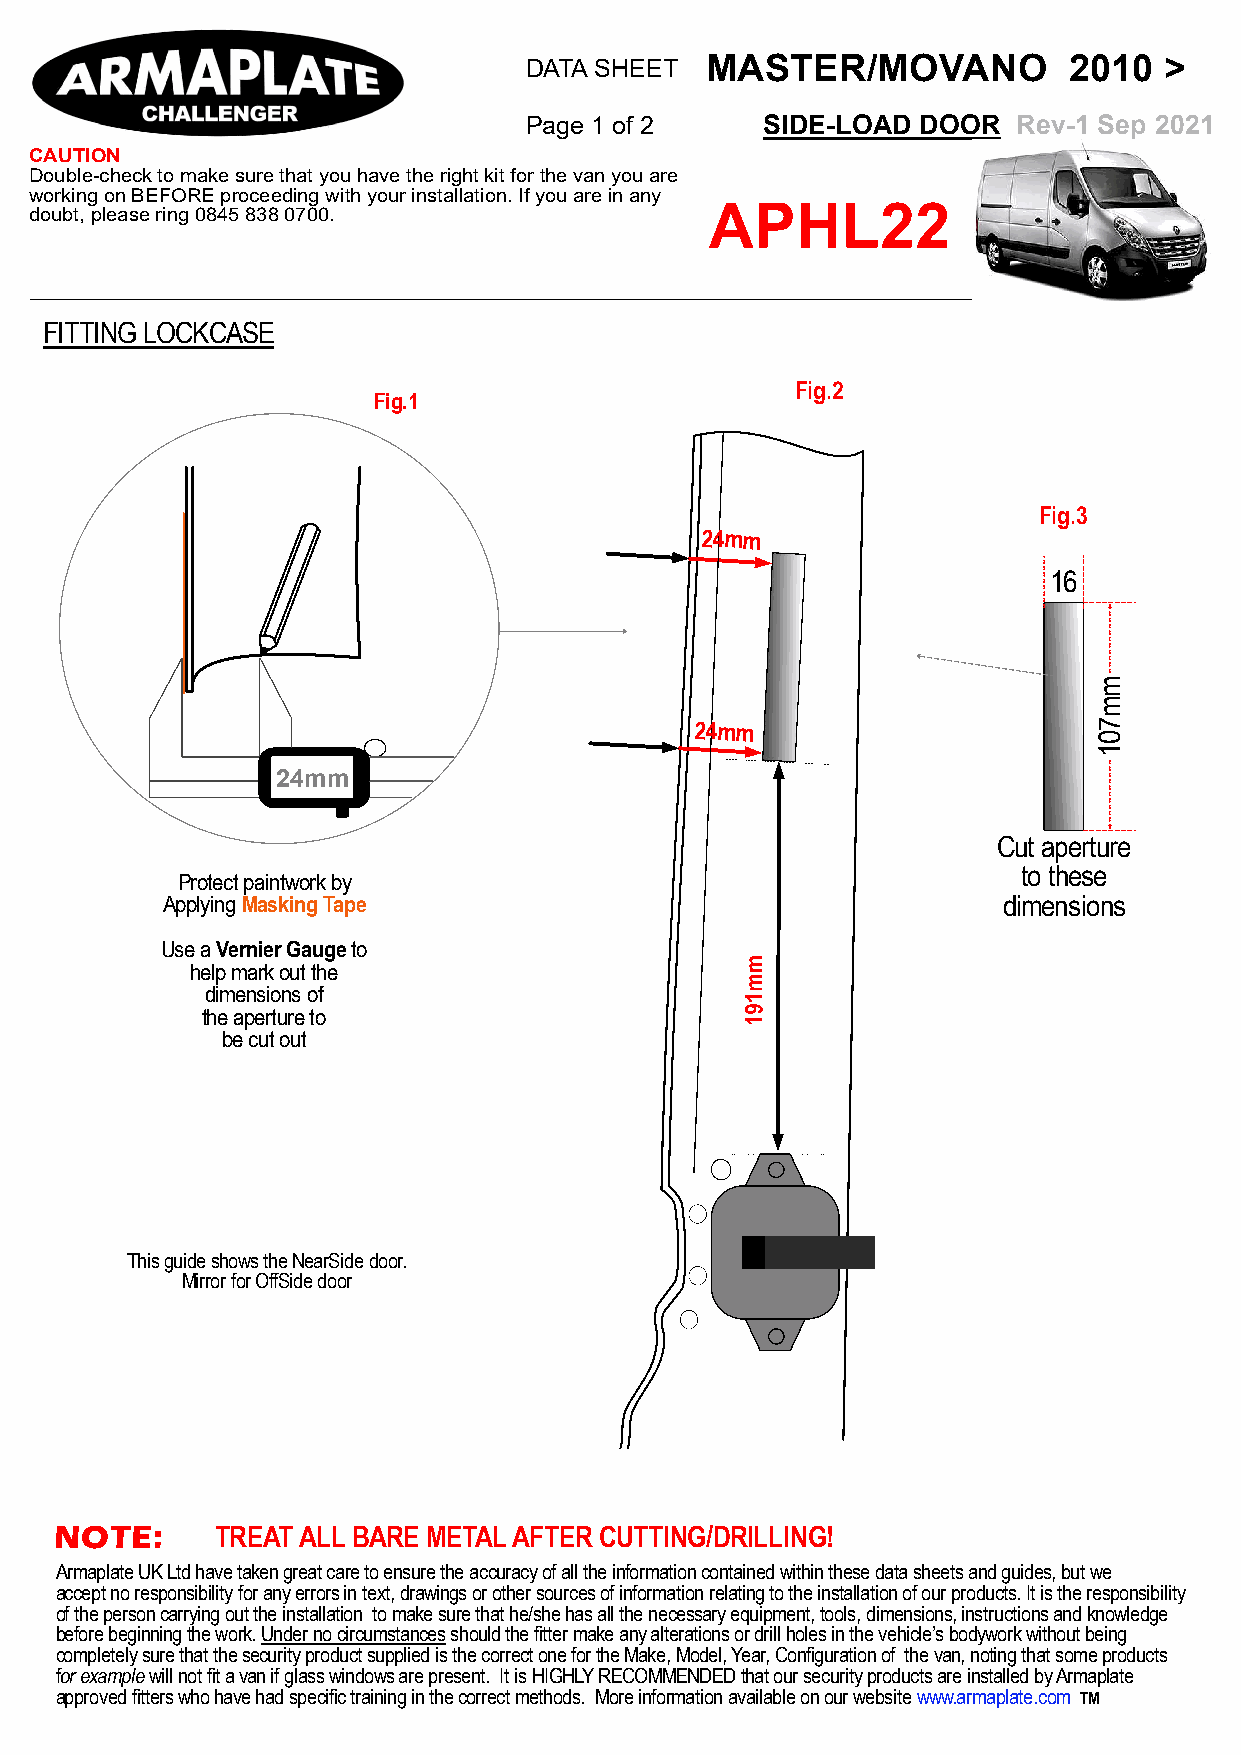
DATA SHEET  MASTER/MOVANO           2010  >
 Page 1 of 2    SIDE-LOAD  DOOR  Rev-1 Sep 2021
 CAUTION
 Double-check to make sure that you have the right kit for the van you are
 working on BEFORE proceeding with your installation. If you are in any
 APHL22
 doubt, please ring 0845 838 0700.
 FITTING LOCKCASE
 Fig.2
 Fig.1
 Fig.3
 24mm
 16
 24mm
 24mm
 Cut aperture
 to these
 Protect paintwork by
 Applying Masking Tape                                  dimensions
 Use a Vernier Gauge to
 help mark out the
 dimensions of
 the aperture to
 be cut out
 This guide shows the NearSide door.
 Mirror for OffSide door
 NOTE:     TREAT ALL BARE METAL AFTER CUTTING/DRILLING!
 Armaplate UK Ltd have taken great care to ensure the accuracy of all the information contained within these data sheets and guides, but we
 accept no responsibility for any errors in text, drawings or other sources of information relating to the installation of our products. It is the responsibility
 of the person carrying out the installation to make sure that he/she has all the necessary equipment, tools, dimensions, instructions and knowledge
 before beginning the work. Under no circumstances should the fitter make any alterations or drill holes in the vehicle’s bodywork without being
 completely sure that the security product supplied is the correct one for the Make, Model, Year, Configuration of the van, noting that some products
 for example will not fit a van if glass windows are present. It is HIGHLY RECOMMENDED that our security products are installed by Armaplate
 approved fitters who have had specific training in the correct methods. More information available on our website www.armaplate.com TM
 mm701